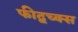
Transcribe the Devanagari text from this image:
फीद्बच्क्स